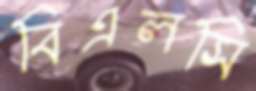
বিএলসি